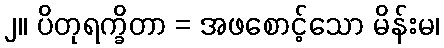
၂။ ပိတုရက္ခိတာ = အဖစောင့်သော မိန်းမ၊